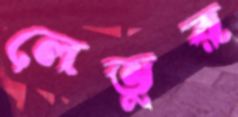
লেভুর